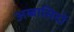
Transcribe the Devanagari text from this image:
अब्बासिदों